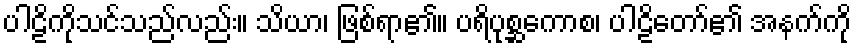
ပါဠိကိုသင်သည်လည်း။ သိယာ၊ ဖြစ်ရာ၏။ ပရိပုစ္ဆကောစ၊ ပါဠိတော်၏ အနက်ကို